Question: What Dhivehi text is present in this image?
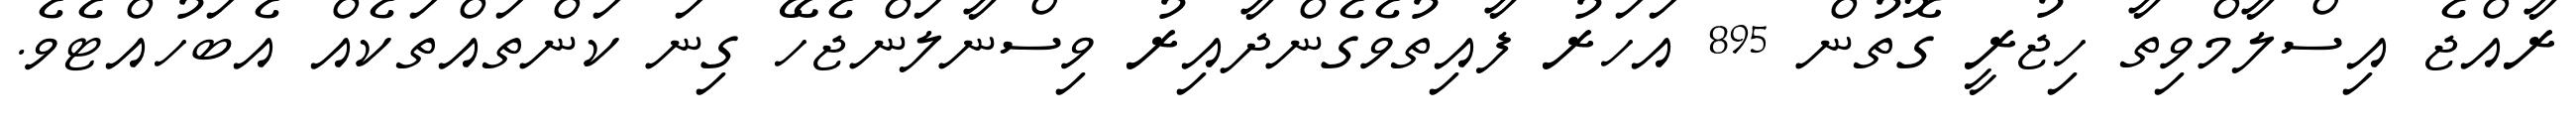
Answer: ރާއްޖެ އިސްލާމްވިތާ ހިޖުރީ ގޮތުން 895 އަހަރު ފާއިތުވެގެންދާއިރު ވިސްނާލަންޖެހޭ ގިނަ ކަންތައްތަކެއް އެބަހުއްޓެވެ.